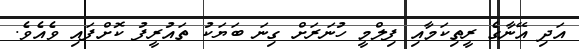
އަދި އޭނާގެ ރީތިކަމާއި ފިލްމީ ހުނަރަށް ގިނަ ބަޔަކު ތައުރީފު ކޮށްފައި ވެއެވެ.